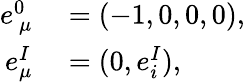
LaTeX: \begin{array}{rl}{e_{~\mu}^{0}}&{{}=(-1,0,0,0),}\\ {e_{\mu}^{I}}&{{}=(0,e_{i}^{I}),}\end{array}